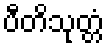
ပီတိသုတ္တံ